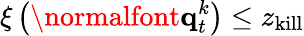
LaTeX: \xi\left(\normalfont{\textbf{q}}_{t}^{k}\right)\leq z_{\mathrm{kill}}